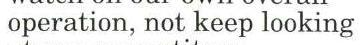
operation, not keep looking